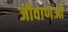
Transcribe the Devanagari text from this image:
जीवाणओं